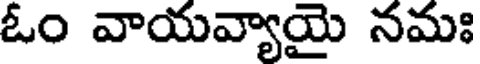
ఓం వాయవ్యాయై నమః